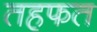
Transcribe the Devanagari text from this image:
तहफत